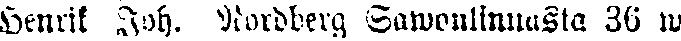
Henrik Joh. Nordberg Sawonlinnasta 36 w